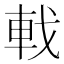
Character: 𫏳